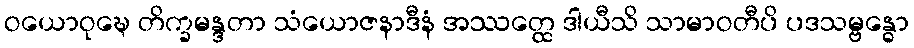
ဝယောဝုဍ္ဎေ တိက္ခမန္ဒတာ သံယောဇနာဒီနံ အဿတ္ထေ ဒါယီသိ သာမာဝတီပိ ပဒသမ္ဗန္ဓော